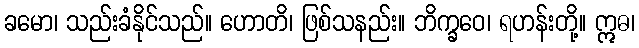
ခမော၊ သည်းခံနိုင်သည်။ ဟောတိ၊ ဖြစ်သနည်း။ ဘိက္ခဝေ၊ ရဟန်းတို့။ ဣဓ၊